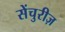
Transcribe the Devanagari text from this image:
सेंचुरीज़